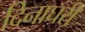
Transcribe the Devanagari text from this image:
दिनाघरी